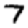
Digit: 7